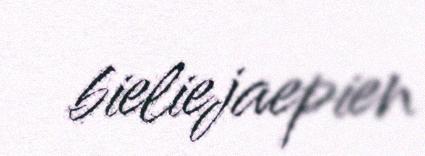
bieliejaepien